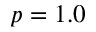
p = 1 . 0